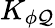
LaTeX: K_{\phi\mathcal{Q}}